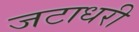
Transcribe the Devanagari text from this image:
जटाधरी